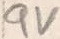
Text: 9V